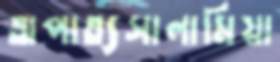
অপাত্যসালামিয়া